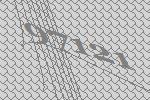
97121